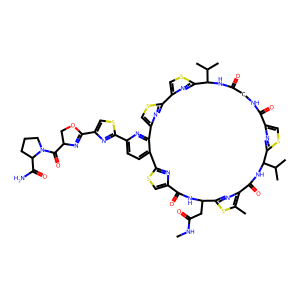
SMILES: CNC(=O)CC1NC(=O)c2csc(n2)-c2ccc(-c3nc(C4=NC(C(=O)N5CCCC5C(N)=O)CO4)cs3)nc2-c2csc(n2)-c2csc(n2)C(C(C)C)NC(=O)CNC(=O)c2csc(n2)C(C(C)C)NC(=O)c2nc1sc2C
Inhibits HIV replication: No